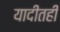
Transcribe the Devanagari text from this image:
यादीतही